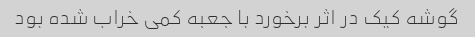
گوشه کیک در اثر برخورد با جعبه کمی خراب شده بود